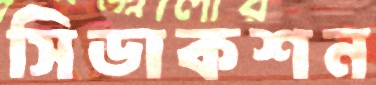
সিডাকশন